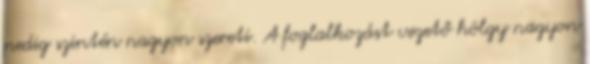
pedig szintén nagyon szereti. A foglalkozást vezető hölgy nagyon